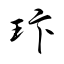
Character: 玣